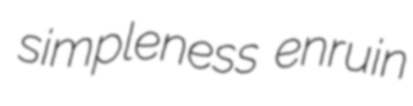
simpleness enruin